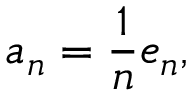
a _ { n } = { \frac { 1 } { n } } e _ { n } ,